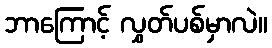
ဘာကြောင့် လွှတ်ပစ်မှာလဲ။